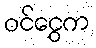
ဝင်ငွေက